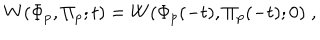
LaTeX: W ( \Phi _ { p } , \Pi _ { p } ; t ) = W ( \Phi _ { p } ( - t ) , \Pi _ { p } ( - t ) ; 0 ) \; ,